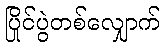
ပြိုင်ပွဲတစ်လျှောက်